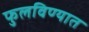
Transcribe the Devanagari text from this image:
फुलविण्यात